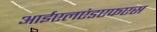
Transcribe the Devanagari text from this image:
आईएलएंडएफएस